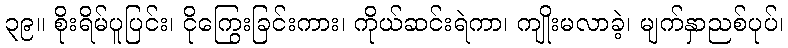
၃၉။ စိုးရိမ်ပူပြင်း၊ ငိုကြွေးခြင်းကား၊ ကိုယ်ဆင်းရဲကာ၊ ကျိုးမလာခဲ့၊ မျက်နှာညစ်ပုပ်၊